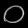
Digit: ၀